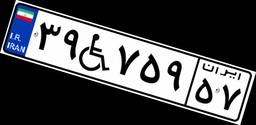
۳۹W۷۵۹۵۷